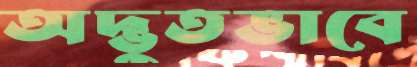
অদ্ভুতভাবে